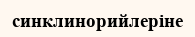
синклинорийлеріне